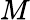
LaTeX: M